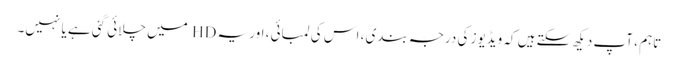
تاہم ، آپ دیکھ سکتے ہیں کہ ویڈیوز کی درجہ بندی ، اس کی لمبائی ، اور یہ HD میں چلائی گئی ہے یا نہیں۔